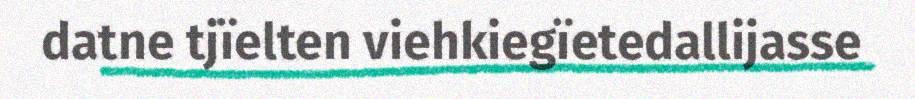
datne tjïelten viehkiegïetedallijasse